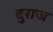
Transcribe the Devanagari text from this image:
दुराज